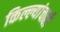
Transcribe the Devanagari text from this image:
किल्ल्यांचाही